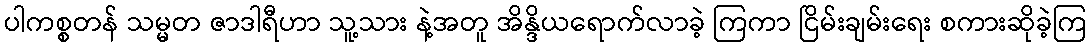
ပါကစ္စတန် သမ္မတ ဇာဒါရီဟာ သူ့သား နဲ့အတူ အိန္ဒိယရောက်လာခဲ့ ကြကာ ငြိမ်းချမ်းရေး စကားဆိုခဲ့ကြ